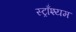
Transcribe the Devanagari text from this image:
स्ट्राँश्यम